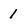
Character: 1